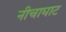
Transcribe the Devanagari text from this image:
नीचाघाट